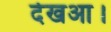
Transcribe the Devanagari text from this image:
देखआ।